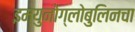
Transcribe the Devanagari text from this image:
इम्युनोग्लोबुलिनचा